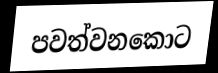
පවත්වනකොට